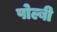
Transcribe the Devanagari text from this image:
पोल्बी